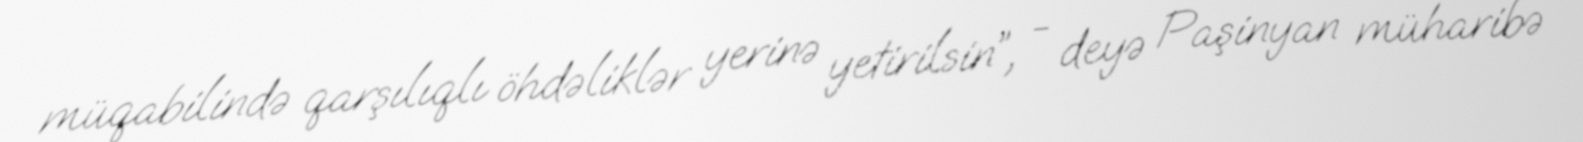
müqabilində qarşılıqlı öhdəliklər yerinə yetirilsin”, - deyə Paşinyan müharibə